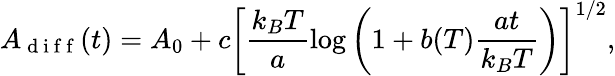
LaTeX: A_{\mathrm{~d~i~f~f~}}(t)=A_{0}+c\left[\frac{k_{B}T}{a}\log\left(1+b(T)\frac{at}{k_{B}T}\right)\right]^{1/2},